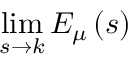
\operatorname* { l i m } _ { s \to k } E _ { \mu } \left( s \right)